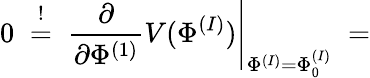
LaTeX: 0\; \stackrel{!}{=}\; \frac{\partial}{\partial\Phi^{(1)}}V(\Phi^{(I)})\Bigg|_{\Phi^{(I)}=\Phi_{0}^{(I)}}\; =